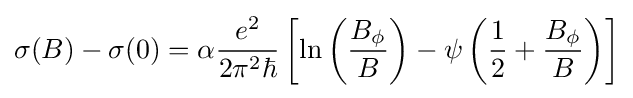
\sigma (B)-\sigma (0)=\alpha {e^{2} \over 2\pi ^{2}\hbar }\left[\ln \left({B_{\phi } \over B}\right)-\psi \left({1 \over 2}+{B_{\phi } \over B}\right)\right]